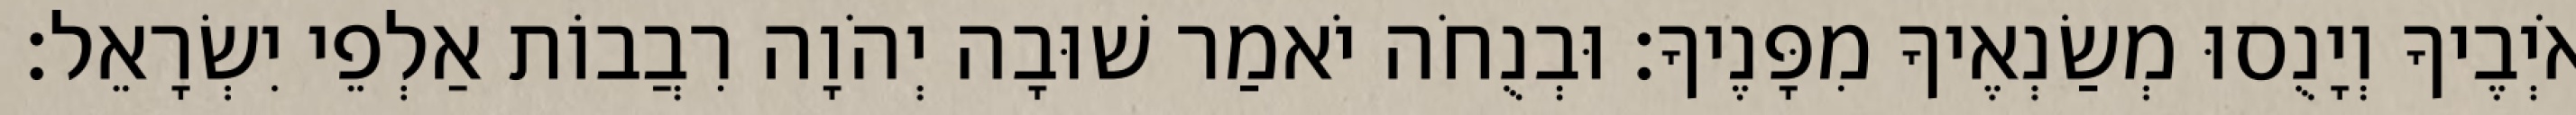
אֹיְבֶיךָ וְיָנֻסוּ מְשַׂנְאֶיךָ מִפָּנֶיךָ׃ וּבְנֻחֹה יֹאמַר שׁוּבָה יְהֹוָה רִבֲבוֹת אַלְפֵי יִשְׂרָאֵל׃